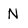
Character: N